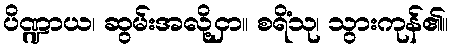
ပိဏ္ဍာယ၊ ဆွမ်းအလို့ငှာ။ စရိံသု၊ သွားကုန်၏။